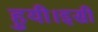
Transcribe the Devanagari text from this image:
हुयी।इसी